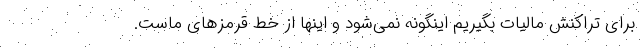
برای تراکنش مالیات بگیریم اینگونه نمی‌شود و اینها از خط قرمزهای ماست.